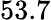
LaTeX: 53.7